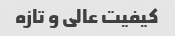
کیفیت عالی و تازه